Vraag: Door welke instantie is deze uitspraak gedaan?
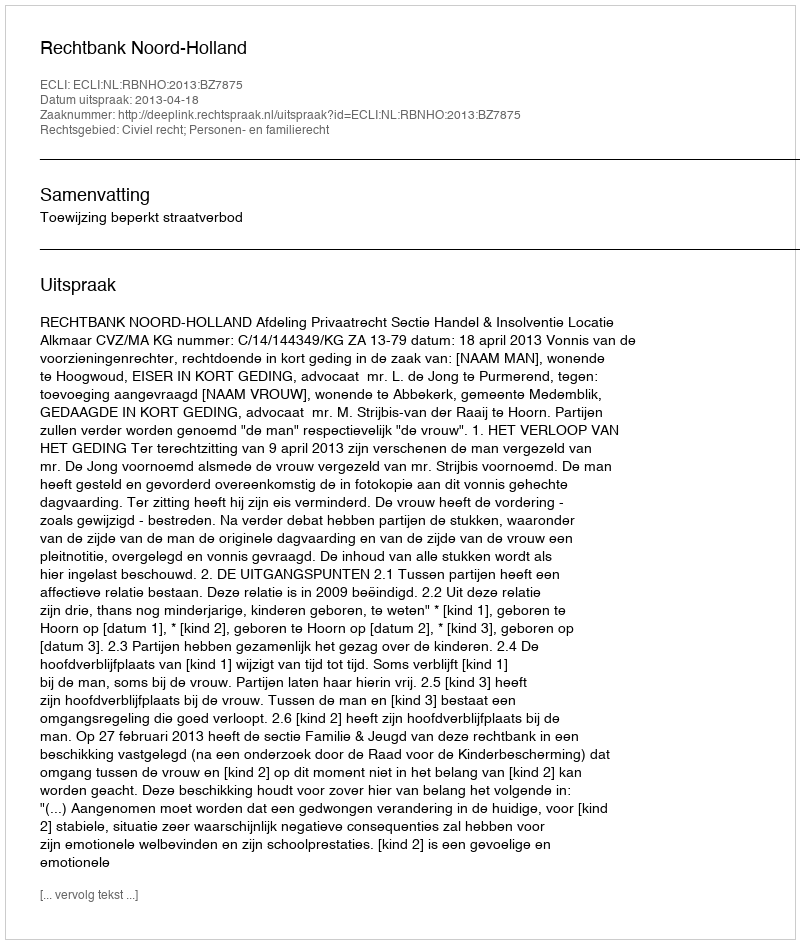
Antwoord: Rechtbank Noord-Holland